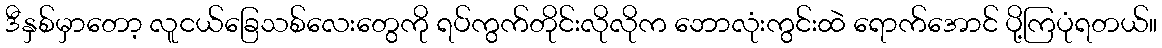
ဒီနှစ်မှာတော့ လူငယ်ခြေသစ်လေးတွေကို ရပ်ကွက်တိုင်းလိုလိုက ဘောလုံးကွင်းထဲ ရောက်အောင် ပို့ကြပုံရတယ်။